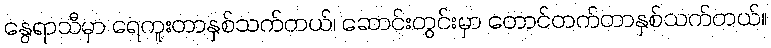
နွေရာသီမှာ ရေကူးတာနှစ်သက်တယ်၊ ဆောင်းတွင်းမှာ တောင်တက်တာနှစ်သက်တယ်။